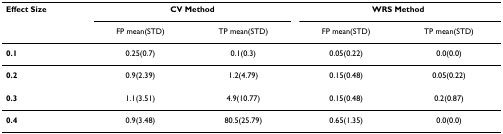
| Effect Size | <COLSPAN=2> CV Method | <COLSPAN=2> WRS Method |
 |  | FP mean(STD) | TP mean(STD) | FP mean(STD) | TP mean(STD) |
 | --- | --- | --- | --- | --- |
 | 0.1 | 0.25(0.7) | 0.1(0.3) | 0.05(0.22) | 0.0(0.0) |
 | 0.2 | 0.9(2.39) | 1.2(4.79) | 0.15(0.48) | 0.05(0.22) |
 | 0.3 | 1.1(3.51) | 4.9(10.77) | 0.15(0.48) | 0.2(0.87) |
 | 0.4 | 0.9(3.48) | 80.5(25.79) | 0.65(1.35) | 0.0(0.0) |